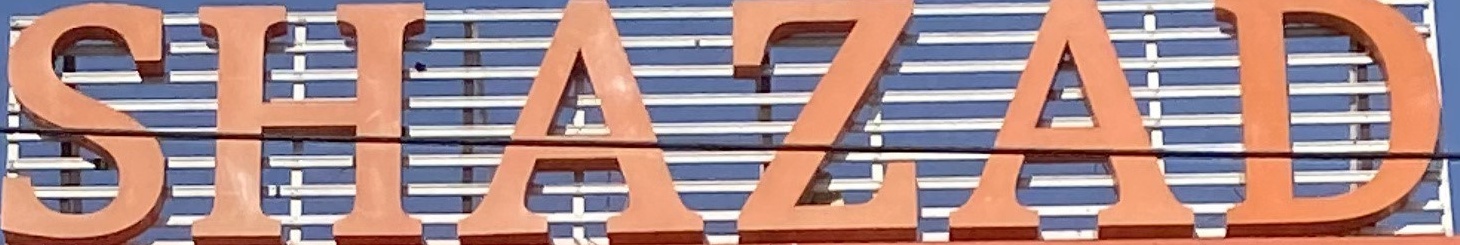
SHAZAD